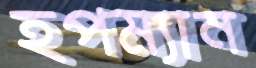
হপম্যান